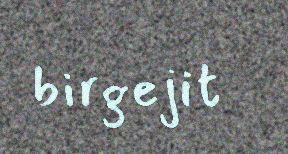
birgejit